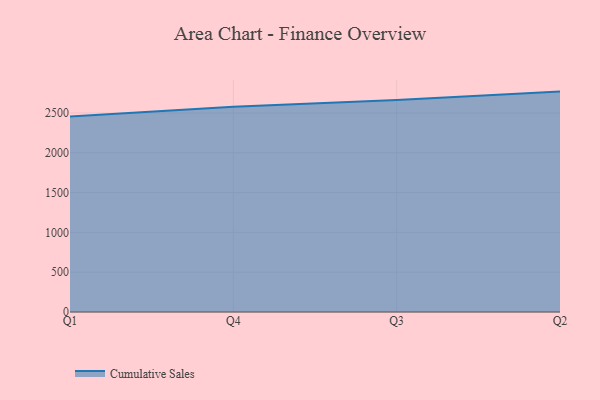
{"axis": {"x": "Quarter", "y": "Operating Costs (USD K)"}, "legend": ["Cumulative Sales"], "data": [{"x": "Q1", "y": 2457.0, "type": "Cumulative Sales"}, {"x": "Q4", "y": 2577.1, "type": "Cumulative Sales"}, {"x": "Q3", "y": 2663.4, "type": "Cumulative Sales"}, {"x": "Q2", "y": 2768.3, "type": "Cumulative Sales"}]}